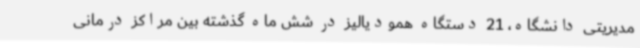
مدیریتی دانشگاه، 21 دستگاه همودیالیز در شش ماه گذشته بین مراکز درمانی